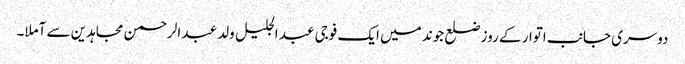
دوسری جانب اتوار کے روز ضلع جوند میں ایک فوجی عبد الجلیل ولد عبد الرحمن مجاہدین سے آملا۔